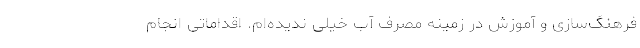
فرهنگ‌سازی و آموزش در زمینه مصرف آب خیلی ندیده‌ام. اقداماتی انجام